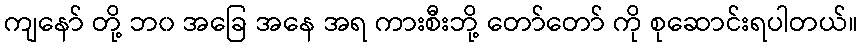
ကျနော် တို့ ဘ၀ အခြေ အနေ အရ ကားစီးဘို့ တော်တော် ကို စုဆောင်းရပါတယ်။